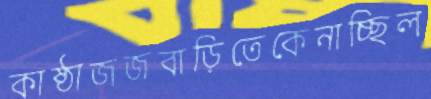
কাষ্ঠাজজবাড়িতেকেনাচ্ছিল